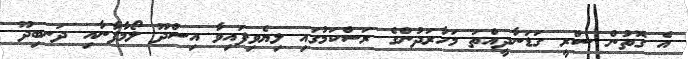
އެ ގޮތުން ސްރީ ގަޑަނާދީއްތަ މަހާރަދުންގެ ރަސްކަމުގައި ލިޔެވިފައިވާ އިސްދޫ ލޯމާފާނާއި ދަނބިދޫ